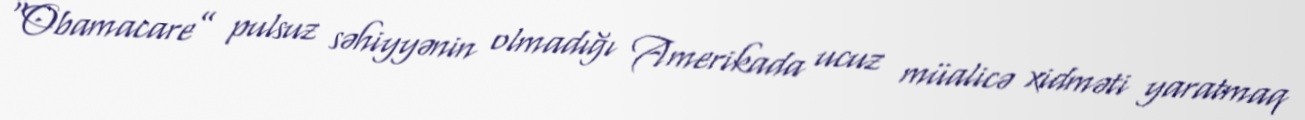
“Obamacare” pulsuz səhiyyənin olmadığı Amerikada ucuz müalicə xidməti yaratmaq